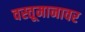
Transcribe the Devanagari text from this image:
वस्तूमानावर